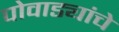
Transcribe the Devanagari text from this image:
पोवाड्यांचेे